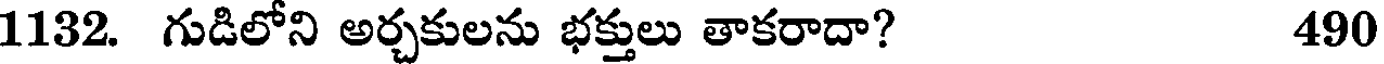
1132. గుడిలోని అర్చకులను భక్తులు తాకరాదా? 490